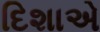
દિશાએ